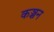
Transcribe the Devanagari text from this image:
कञ्चन